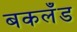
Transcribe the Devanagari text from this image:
बकलँड